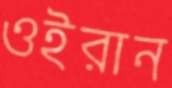
ওইরান